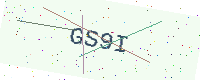
Text: GS9I